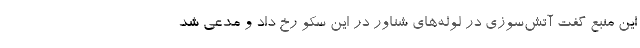
این منبع گفت آتش‌سوزی در لوله‌های شناور در این سکو رخ داد و مدعی شد